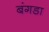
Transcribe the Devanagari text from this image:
बंगडा